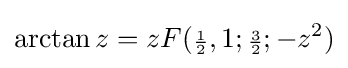
\arctan z=zF({\scriptstyle {\frac {1}{2}}},1;{\scriptstyle {\frac {3}{2}}};-z^{2})